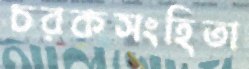
চরকসংহিতা